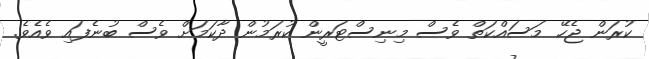
ކުރަން ޖެހޭ މަސައްކަތް ވެސް މިނިސްޓަރީން ކުރަމުން ދާކަމަށް ވެސް ބުނެފައި ވެއެވެ.